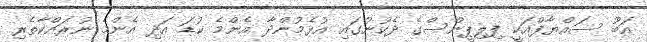
އަބޫ ސައްޔާފްއަކީ ފިލިޕީންސްގެ ދެކުނުގައި އުޅެމުންދާ އެންމެ ކުޑަ އަދި އެންމެ ނުރައްކާތެރި